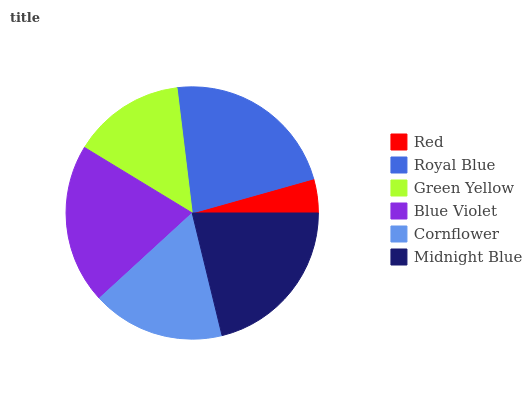
| Red | Royal Blue | Green Yellow | Blue Violet | Cornflower | Midnight Blue |
 | --- | --- | --- | --- | --- | --- |
 | 4.36% | 22.6% | 14.4% | 20.5% | 17% | 21.2% |